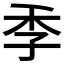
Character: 𮱜